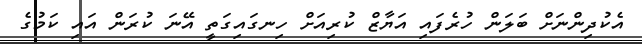
އެކުދިންނަށް ބަލަން ހުރެފައި އަޔާޒް ކުރިއަށް ހިނގައިގަތީ އޭނަ ކުރަން އައި ކަމުގެ